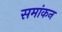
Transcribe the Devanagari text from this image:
समांकन